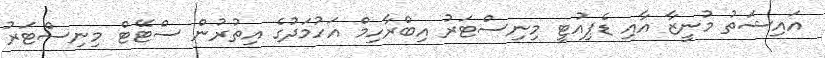
އައިޝަތު މުނީޒާ އާއި ޑެޕިއުޓީ މިނިސްޓަރު އިބްރާހިމް އަހުމަދުގެ އިތުރުން ސްޓޭޓް މިނިސްޓަރު